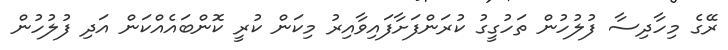
ރޭގެ މިހާދިސާ ފުލުހުން ތަހުގީގު ކުރަންފަށާފައިވާއިރު މިކަން ކުރީ ކޮންބައެއްކަން އަދި ފުލުހުން